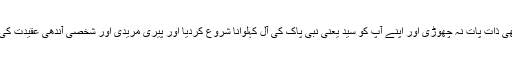
انڈیا میں بت پرستی سے مسلمان ہونے والے کچھ لوگوں نے اسلام میں آ کر بھی ذات پات نہ چھوڑی اور اپنے آپ کو سید یعنی نبی پاک کی آل کہلوانا شروع کردیا اور پیری مریدی اور شخصی آندھی عقیدت کی ایسی بنیاد رکھی جس نے وقت گزرنے کیساتھ دین کو ٹکڑے ٹکڑے کر دیا۔